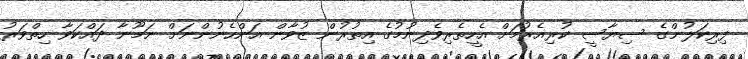
ފިރިކަލުންގެ ސިޔާސީ ކުރިއެރުމަށް އެހީތެރިވެދިނުމުގެ އިތުރުން ޒުވާން އަންހެނުންނަށް ނަމޫނާ ދައްކަވާ ހިތްވަރު